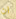
ان